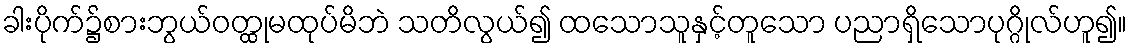
ခါးပိုက်၌စားဘွယ်ဝတ္ထုမထုပ်မိဘဲ သတိလွယ်၍ ထသောသူနှင့်တူသော ပညာရှိသောပုဂ္ဂိုလ်ဟူ၍။